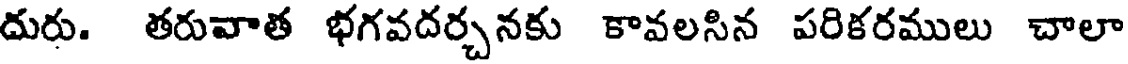
దురు. తరువాత భగవదర్చనకు కావలసిన పరికరములు చాలా